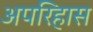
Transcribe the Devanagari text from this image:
अपरिहास